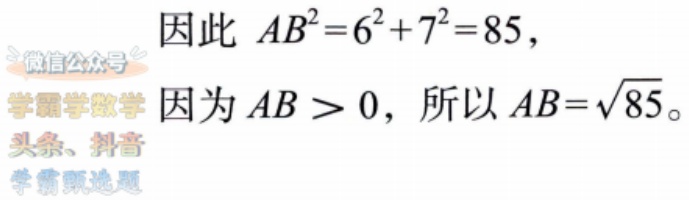
因此 \(AB^{2}=6^{2}+7^{2}=85\)，
因为 \(AB > 0\)，所以 \(AB=\sqrt{85}\)。